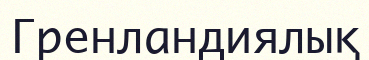
Гренландиялық